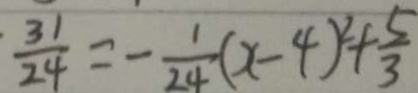
\frac { 3 1 } { 2 4 } = - \frac { 1 } { 2 4 } ( x - 4 ) ^ { 2 } + \frac { 5 } { 3 }